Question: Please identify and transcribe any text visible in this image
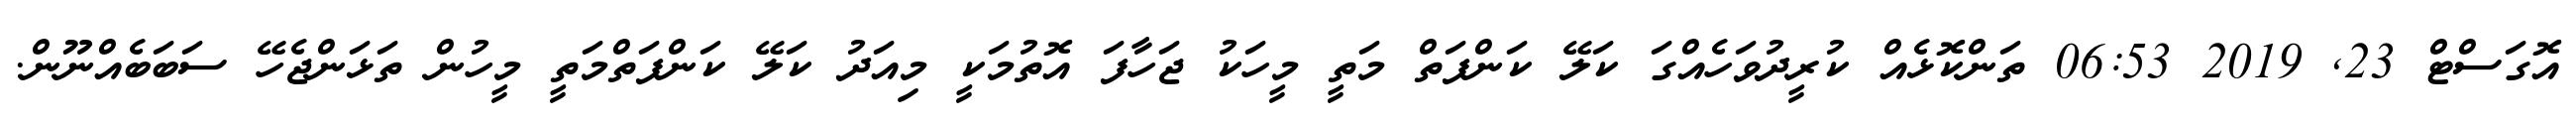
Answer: އޮގަސްޓް 23, 2019 06:53 ތަންކޮޅެއް ކުރީދުވަހެއްގަ ކަލޭ ކަންފަތް މަތީ މީހަކު ޖަހާފަ އޮތުމަކީ މިއަދު ކަލޭ ކަންފަތްމަތީ މީހުން ތަޅަންޖެހޭ ސަބަބެއްނޫން.